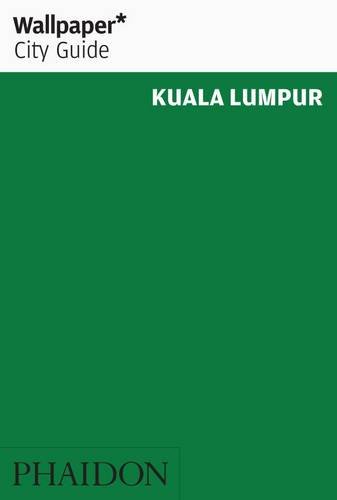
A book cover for Wallpaper City Guide: Kuala Lumpur; Editors of Wallpaper Magazine; Travel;